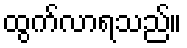
ထွက်လာရသည်။